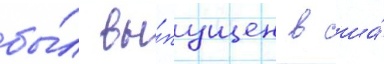
бы́л вы́пущен в сша́